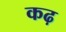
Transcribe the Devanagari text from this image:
कढ़